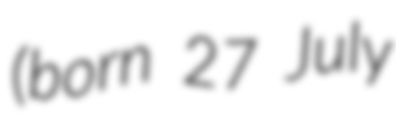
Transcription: (born 27 July